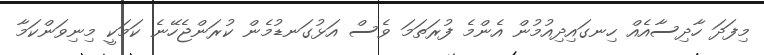
މިފަދަ ހާދިސާއެއް ހިނގައިދިއުމުން އެންމެ ފުރަތަމަ ވެސް އަޅުގަނޑުމެން ކުރަންޖެހޭނެ ކަމަކީ މިނިވަންކަމާ